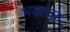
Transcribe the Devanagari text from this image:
भवत्याः